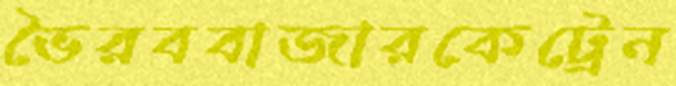
ভৈরববাজারকেট্রেন